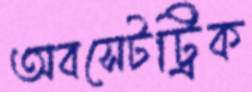
অবসেটট্রিক